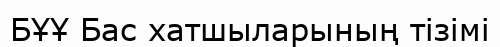
БҰҰ Бас хатшыларының тізімі